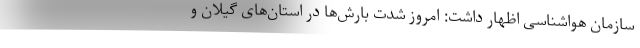
سازمان هواشناسی اظهار داشت: امروز شدت بارش‌ها در استان‌های گیلان و